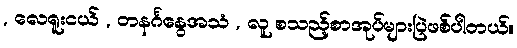
, လေရူးငယ် , တနင်္ဂနွေအသံ , လူ စသည့်စာအုပ်များပြဲဖစ်ပါတယ်။